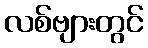
လစ်ဗျားတွင်